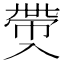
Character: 𠓶